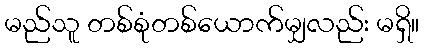
မည်သူ တစ်စုံတစ်ယောက်မျှလည်း မရှိ။